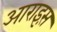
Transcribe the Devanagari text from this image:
आराइस़